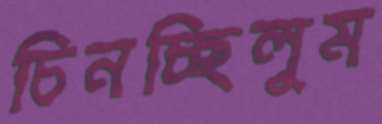
চিনচ্ছিলুম